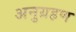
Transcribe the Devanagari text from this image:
अनुग्रहण